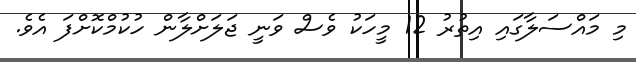
މި މައްސަލާގައި އިތުރު 12 މީހަކު ވެސް ވަނީ ޖަލަށްލާން ހުކުމްކޮށްފަ އެވެ.